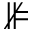
\nVDash